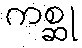
ကစ္ဆု